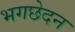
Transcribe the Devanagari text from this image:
भगछेदन